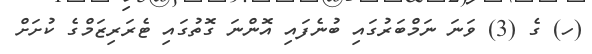
(ހ) ގެ (3) ވަނަ ނަމްބަރުގައި ބުނެފައި އޮންނަ ގޮތުގައި ޓެރަރިޒަމްގެ ކުށަށް